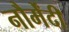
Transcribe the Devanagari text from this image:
नौर्मेंदी